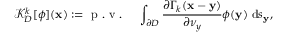
\mathcal { K } _ { D } ^ { k } [ \phi ] ( \mathbf { x } ) : = \mathrm { ~ p ~ . ~ v ~ . ~ } \quad \int _ { \partial D } \frac { \partial \Gamma _ { k } ( \mathbf { x } - \mathbf { y } ) } { \partial \nu _ { y } } \phi ( \mathbf { y } ) ~ \mathrm { d } s _ { \mathbf { y } } ,